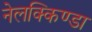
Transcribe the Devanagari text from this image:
नेलक्किण्डा